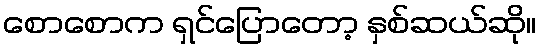
စောစောက ရှင်ပြောတော့ နှစ်ဆယ်ဆို။